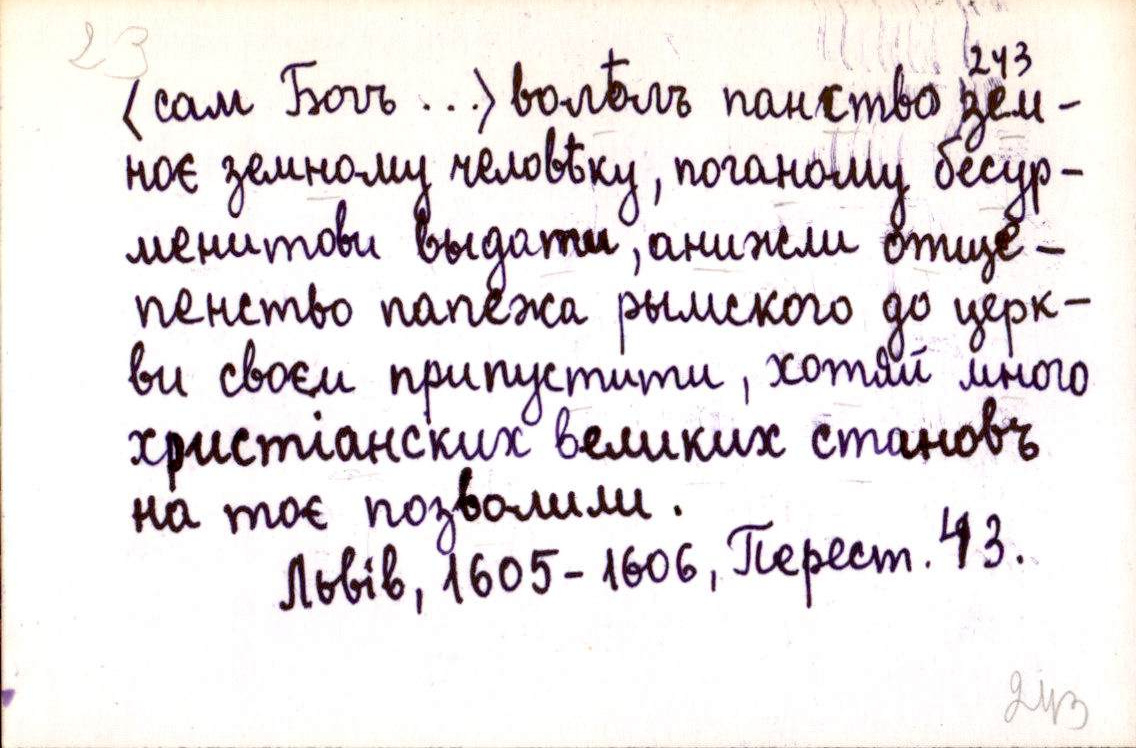
(сам Богъ ...) волѣлъ панство зем-
ноє земному человѣку, поганому бесур-
менитови выдати, анижли отще-
пенство папежа рымского до церк-
ви своєи припустити, хотяй много
христіанских великих становъ
на тоє позволили.
Львів, 1605-1606, Перест. 43.